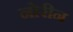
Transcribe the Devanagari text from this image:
नोरीन